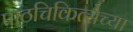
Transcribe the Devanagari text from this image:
पाठचिकित्सेच्या